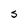
Character: S